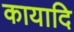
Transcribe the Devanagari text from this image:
कायादि